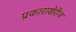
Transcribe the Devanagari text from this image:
प्रकाराखेरीज